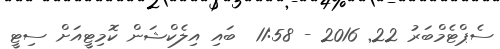
ސެޕްޓެމްބަރު 22